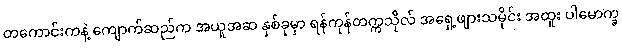
တကောင်းကနဲ့ ကျောက်ဆည်က အယူအဆ နှစ်ခုမှာ ရန်ကုန်တက္ကသိုလ် အရှေ့ဖျားသမိုင်း အထူး ပါမောက္ခ